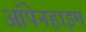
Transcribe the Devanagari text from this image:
ऑपेनहाइम